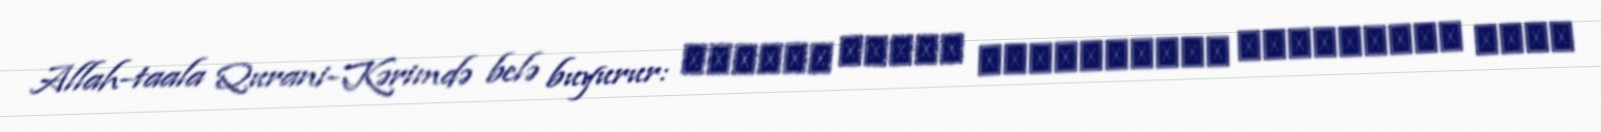
Allah-taala Qurani-Kərimdə belə buyurur: ِبسْمِ اللهِ الرَّحْمنِ الرَّحيمِ قُلْ